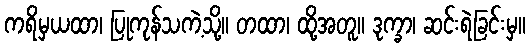
ကရိမှယထာ၊ ပြုကုန်သကဲ့သို့။ တထာ၊ ထို့အတူ။ ဒုက္ခာ၊ ဆင်းရဲခြင်းမှ။